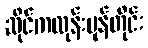
ဆိုင်ကလုန်းမုန်တိုင်း